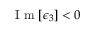
\mathrm { ~ I ~ m ~ } [ \epsilon _ { 3 } ] < 0